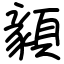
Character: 顡